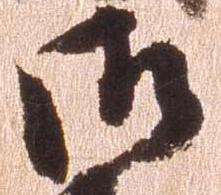
御